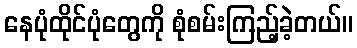
နေပုံထိုင်ပုံတွေကို စုံစမ်းကြည့်ခဲ့တယ်။